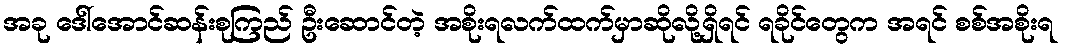
အခု ဒေါ်အောင်ဆန်းစုကြည် ဦးဆောင်တဲ့ အစိုးရလက်ထက်မှာဆိုလို့ရှိရင် ရခိုင်တွေက အရင် စစ်အစိုးရ